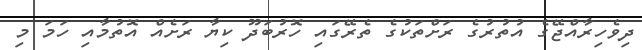
ދިވެހިރާއްޖޭގެ އުތުރުގެ ރަށްތަކުގެ ތެރޭގައި ހޮރުބަދޫ ކިޔާ ރަށެއް އޮތުމާއި ހަމަ މި